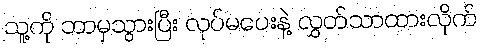
သူ့ကို ဘာမှသွားပြီး လုပ်မပေးနဲ့ လွှတ်သာထားလိုက်